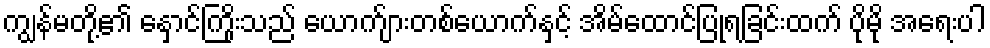
ကျွန်မတို့၏ နှောင်ကြိုးသည် ယောက်ျားတစ်ယောက်နှင့် အိမ်ထောင်ပြုရခြင်းထက် ပိုမို အရေးပါ